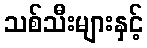
သစ်သီးများနှင့်